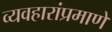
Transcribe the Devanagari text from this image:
व्यवहारांप्रमाणे